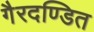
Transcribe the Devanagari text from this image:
गैरदण्डित